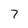
Character: 7